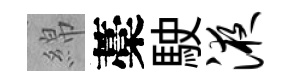
綿藁駛液